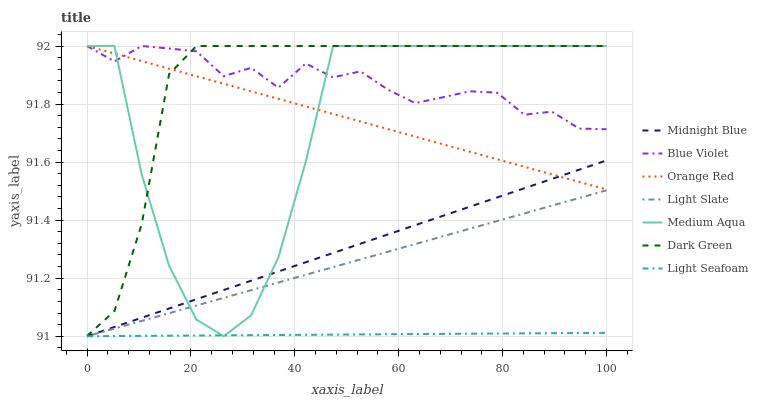
| xaxis_label | Midnight Blue | Blue Violet | Orange Red | Light Slate | Medium Aqua | Dark Green | Light Seafoam |
 | --- | --- | --- | --- | --- | --- | --- | --- |
 | 0 | 91 | 92 | 92 | 91 | 92 | 91 | 91 |
 | 5.26 | 91 | 91.9 | 92 | 91 | 92 | 91.1 | 91 |
 | 10.5 | 91.1 | 92 | 91.9 | 91.1 | 91.6 | 91.4 | 91 |
 | 15.8 | 91.1 | 92 | 91.9 | 91.1 | 91.2 | 91.9 | 91 |
 | 21.1 | 91.1 | 92 | 91.9 | 91.1 | 91.1 | 92 | 91 |
 | 26.3 | 91.2 | 91.9 | 91.9 | 91.1 | 91 | 92 | 91 |
 | 31.6 | 91.2 | 91.9 | 91.8 | 91.2 | 91.1 | 92 | 91 |
 | 36.8 | 91.2 | 91.9 | 91.8 | 91.2 | 91.3 | 92 | 91 |
 | 42.1 | 91.3 | 91.9 | 91.8 | 91.2 | 91.6 | 92 | 91 |
 | 47.4 | 91.3 | 91.9 | 91.8 | 91.2 | 92 | 92 | 91 |
 | 52.6 | 91.3 | 91.9 | 91.7 | 91.3 | 92 | 92 | 91 |
 | 57.9 | 91.4 | 91.8 | 91.7 | 91.3 | 92 | 92 | 91 |
 | 63.2 | 91.4 | 91.8 | 91.7 | 91.3 | 92 | 92 | 91 |
 | 68.4 | 91.4 | 91.8 | 91.7 | 91.3 | 92 | 92 | 91 |
 | 73.7 | 91.4 | 91.8 | 91.6 | 91.4 | 92 | 92 | 91 |
 | 78.9 | 91.5 | 91.8 | 91.6 | 91.4 | 92 | 92 | 91 |
 | 84.2 | 91.5 | 91.8 | 91.6 | 91.4 | 92 | 92 | 91 |
 | 89.5 | 91.5 | 91.8 | 91.6 | 91.4 | 92 | 92 | 91 |
 | 94.7 | 91.6 | 91.7 | 91.5 | 91.5 | 92 | 92 | 91 |
 | 100 | 91.6 | 91.7 | 91.5 | 91.5 | 92 | 92 | 91 |